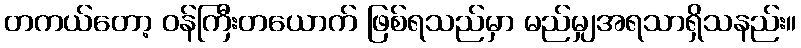
တကယ်တော့ ဝန်ကြီးတယောက် ဖြစ်ရသည်မှာ မည်မျှအရသာရှိသနည်း။